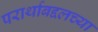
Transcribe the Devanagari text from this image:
परार्थाबद्दलच्या